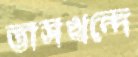
তাসখন্দে